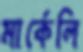
মার্কেলি